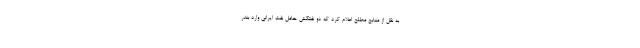
به نقل از منابع مطلع اعلام کرد که دو نفتکش حامل نفت ایرانی وارد بندر